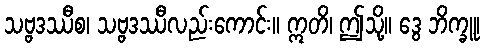
သဗ္ဗဒဿီစ၊ သဗ္ဗဒဿီလည်းကောင်း။ ဣတိ၊ ဤသို့။ ဒွေ ဘိက္ခူ၊